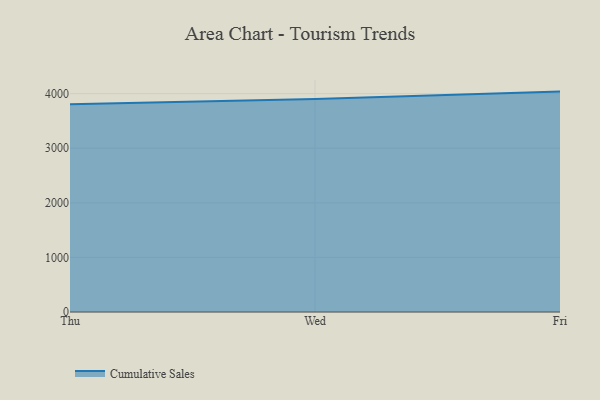
{"axis": {"x": "Day", "y": "Headcount"}, "legend": ["Cumulative Sales"], "data": [{"x": "Thu", "y": 3804.1, "type": "Cumulative Sales"}, {"x": "Wed", "y": 3899.4, "type": "Cumulative Sales"}, {"x": "Fri", "y": 4037.1, "type": "Cumulative Sales"}]}